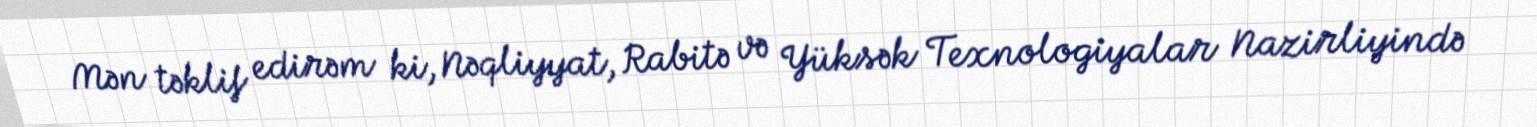
Mən təklif edirəm ki, Nəqliyyat, Rabitə və Yüksək Texnologiyalar Nazirliyində